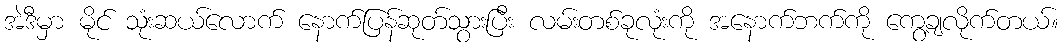
အဲဒီမှာ မိုင် သုံးဆယ်လောက် နောက်ပြန်ဆုတ်သွားပြီး လမ်းတစ်ခုလုံးကို အနောက်ဘက်ကို ကွေ့ချလိုက်တယ်။